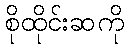
စိုထိုင်းဆကို